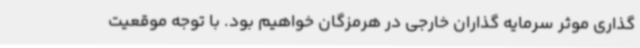
گذاری موثر سرمایه گذاران خارجی در هرمزگان خواهیم بود. با توجه موقعیت